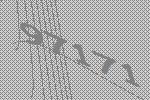
97171